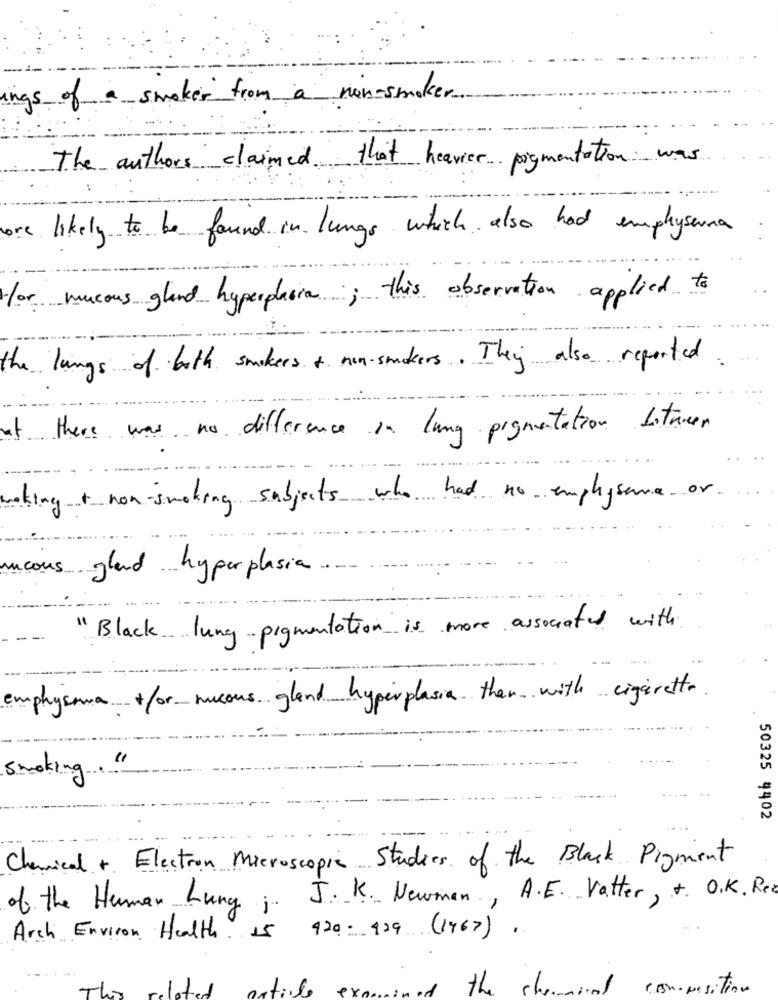
ings of a smoker from a non-smoker
The authors claimed that heavier pigmentation was
ore likely to be found in lungs which also had emphysema
for mucous gland hyperphara; this observation applied to
the lungs of both smokers + non-suckers. They also reported
at there was no difference in lung pigmentation situer
waking + non-smoking subjects who had no emplysame or
ous
gland hyperplasia
"Black lung pigmentation is more associated with
emphysema +for mucous gland hyperplasia than with cigarette.
Smoking."
50325 4402
Chemical +. Electron Microscopia Studies of the Black Pigment
J. K. Newman , A. E. Vatter , +. O.K. Red
of the Human Lung ;
920- 929 (1967).
Arch Environ Health is
the chemical composition